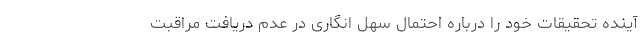
آینده تحقیقات خود را درباره احتمال سهل انگاری در عدم دریافت مراقبت